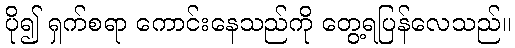
ပို၍ ရှက်စရာ ကောင်းနေသည်ကို တွေ့ရပြန်လေသည်။